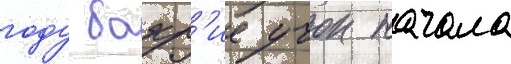
году бахр'ие учок начала